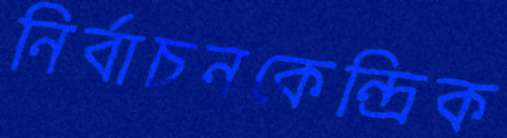
নির্বাচনকেন্দ্রিক